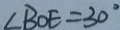
\angle B O E = 3 0 ^ { \circ }